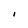
Character: I